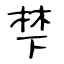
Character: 梺